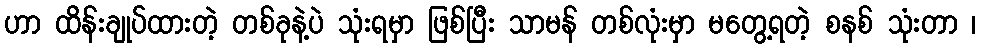
ဟာ ထိန်းချုပ်ထားတဲ့ တစ်ခုနဲ့ပဲ သုံးရမှာ ဖြစ်ပြီး သာမန် တစ်လုံးမှာ မတွေ့ရတဲ့ စနစ် သုံးတာ ၊